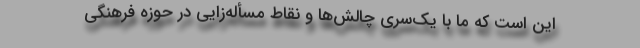
این است که ما با یک‌سری چالش‌ها و نقاط مسأله‌زایی در حوزه فرهنگی